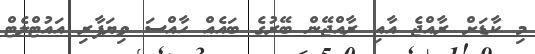
މި ކާޑަށް ރާއްޖެ އާއި ރާއްޖޭން ބޭރުގެ ބައެއް ހާއްސަ ވިޔަފާރި އައުޓްލެޓް